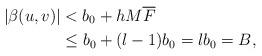
LaTeX: \begin{align*} |\beta(u,v)|&< b_0+h M\overline{F}\\ &\leq b_0+(l-1)b_0=lb_0=B,\end{align*}